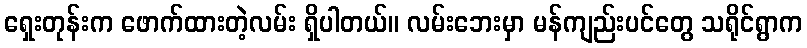
ရှေးတုန်းက ဖောက်ထားတဲ့လမ်း ရှိပါတယ်။ လမ်းဘေးမှာ မန်ကျည်းပင်တွေ သရိုင်ရွာက